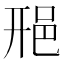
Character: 𨚆